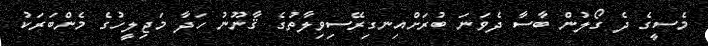
މެސީގެ ދެ ގޯލުން ބާސާ ދެވަނަ ބުރަށްއިނގިރޭސިވިލާތުގެ ޤާނޫނު ހަދާ މަޖިލީހުގެ މެންބަރަކު